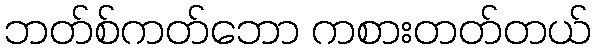
ဘတ်စ်ကတ်ဘော ကစားတတ်တယ်